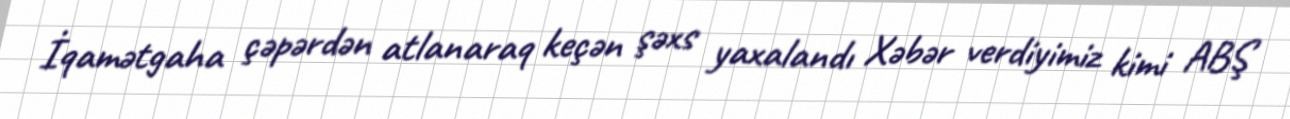
İqamətgaha çəpərdən atlanaraq keçən şəxs yaxalandı Xəbər verdiyimiz kimi ABŞ